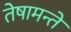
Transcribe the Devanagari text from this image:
तेषामन्ते